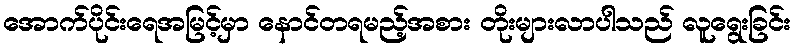
အောက်ပိုင်းရေအမြင့်မှာ နောင်တရမည့်အစား တိုးများလာပါသည် လူရွေးခြင်း